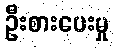
ဦးစားပေးမှု